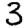
Digit: 3